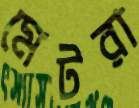
মেটরা